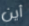
أين